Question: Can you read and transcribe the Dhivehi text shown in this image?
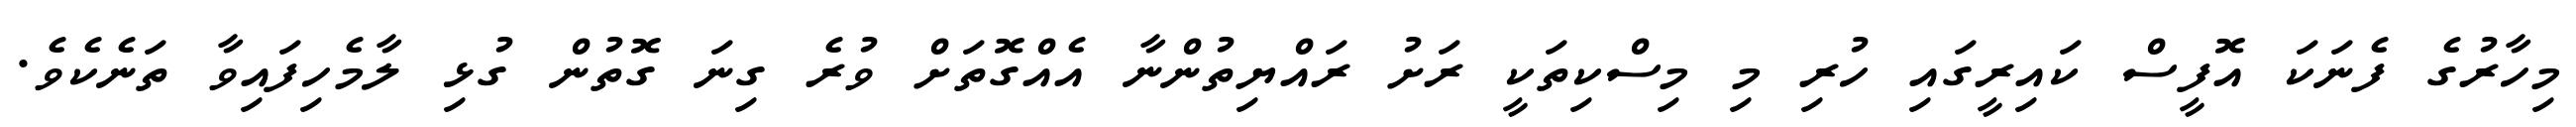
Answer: މިހާރުގެ ފެނަކަ އޮފީސް ކައިރީގައި ހުރި މި މިސްކިތަކީ ރަށު ރައްޔިތުންނާ އެއްގޮތަށް ވުރެ ގިނަ ގޮތުން ގުޅި ލާމެހިފައިވާ ތަނެކެވެ.